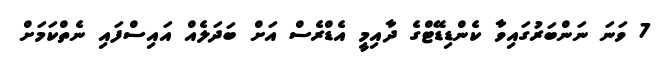
7 ވަނަ ނަންބަރުގައިވާ ކެންޑިޑޭޓްގެ ދާއިމީ އެޑްރެސް އަށް ބަދަލެއް އައިސްފައި ނެތްކަމަށް